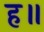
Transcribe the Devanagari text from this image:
ह॥